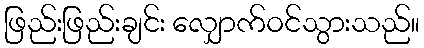
ဖြည်းဖြည်းချင်း လျှောက်ဝင်သွားသည်။